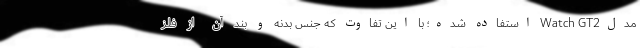
مدلWatch GT2 استفاده شده؛ با این تفاوت که جنس بدنه و بند آن از فلز